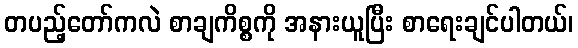
တပည့်တော်ကလဲ စာချကိစ္စကို အနားယူပြီး စာရေးချင်ပါတယ်၊